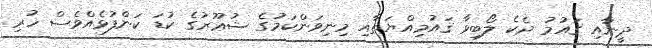
ދީނާއި ޤައުމު ދެކެ ލޯބިވާ ޤައުމިއްޔަތާއި މިނިވަންކަމުގެ ޝުޢޫރުގެ ކުޑަ ކަންފުޅެއްވެސް ހުރި